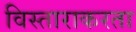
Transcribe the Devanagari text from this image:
विस्ताराकरता